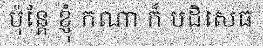
ប៉ុន្តែ ខ្ញុំ កណា ក៏ បដិសេធ